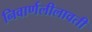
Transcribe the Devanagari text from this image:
निवार्णलीलावती